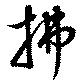
払